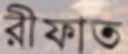
রীফাত